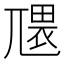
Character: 𭕑